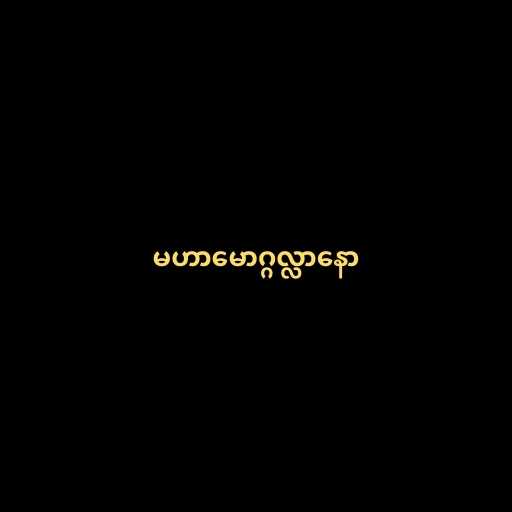
မဟာမောဂ္ဂလ္လာနော